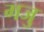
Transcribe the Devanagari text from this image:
गजु